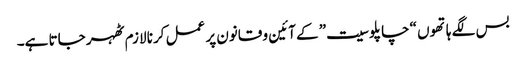
بس لگے ہاتھوں “چاپلوسیت” کے آئین و قانون پر عمل کرنا لازم ٹھہر جاتا ہے۔